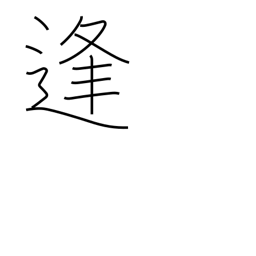
Meaning: date